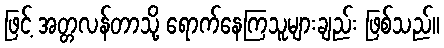
ဖြင့် အတ္တလန်တာသို့ ရောက်နေကြသူများချည်း ဖြစ်သည်။